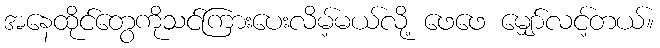
အနေထိုင်တွေကိုသင်ကြားပေးလိမ့်မယ်လို့ ဖေဖေ မျှော်လင့်တယ်။